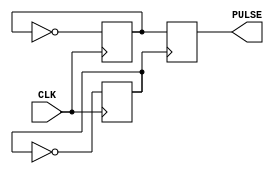
module Rising_Edge_Pulse_Generator (
    input wire CLK,
    output reg PULSE
);

reg pulse_reg;
reg pulse_sync;

always @(posedge CLK)
begin
    pulse_reg <= ~pulse_reg;
end

always @(posedge pulse_sync)
begin
    PULSE <= pulse_reg;
end

always @(posedge CLK)
begin
    pulse_sync <= ~pulse_sync;
end

endmodule